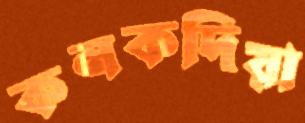
কনকদিয়া